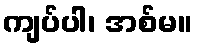
ကျပ်ပါ၊ အစ်မ။